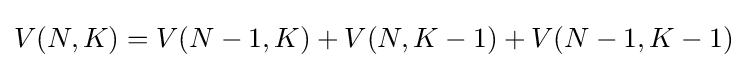
V(N,K)=V(N-1,K)+V(N,K-1)+V(N-1,K-1)